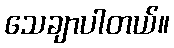
သေချာပါတယ်။